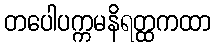
တပေါပက္ကမနိရတ္ထကထာ